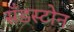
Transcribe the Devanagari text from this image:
सँडस्टोन